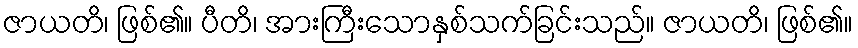
ဇာယတိ၊ ဖြစ်၏။ ပီတိ၊ အားကြီးသောနှစ်သက်ခြင်းသည်။ ဇာယတိ၊ ဖြစ်၏။